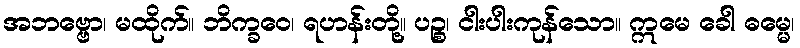
အဘဗ္ဗော၊ မထိုက်။ ဘိက္ခဝေ၊ ရဟန်းတို့။ ပဉ္စ၊ ငါးပါးကုန်သော။ ဣမေ ခေါ ဓမ္မေ၊